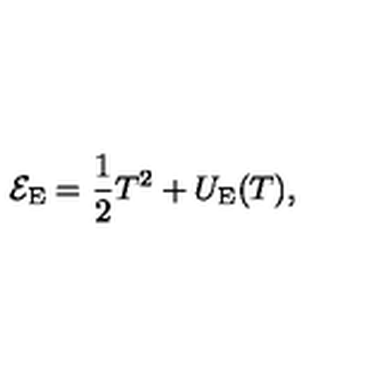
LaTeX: { \cal E } _ { \mathrm { E } } = \frac { 1 } { 2 } T ^ { 2 } + U _ { \mathrm { E } } ( T ) ,